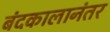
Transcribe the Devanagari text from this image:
बंदकालानंतर